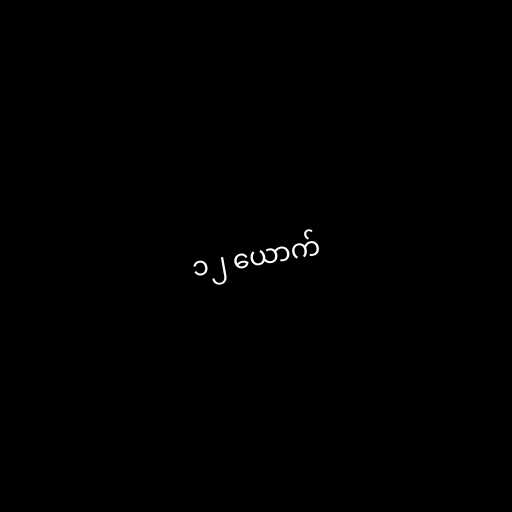
၁၂ ယောက်